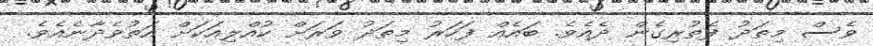
ވެސް މިތަދު ފެތުރިގެން ދެއެވެ. ބައެއް ފަހަރު މިތަދު ވަރަށް ކުއްލިއަކަށް އަތުވެދާނެއެވެ.